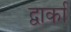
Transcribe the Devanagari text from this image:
द्वार्का